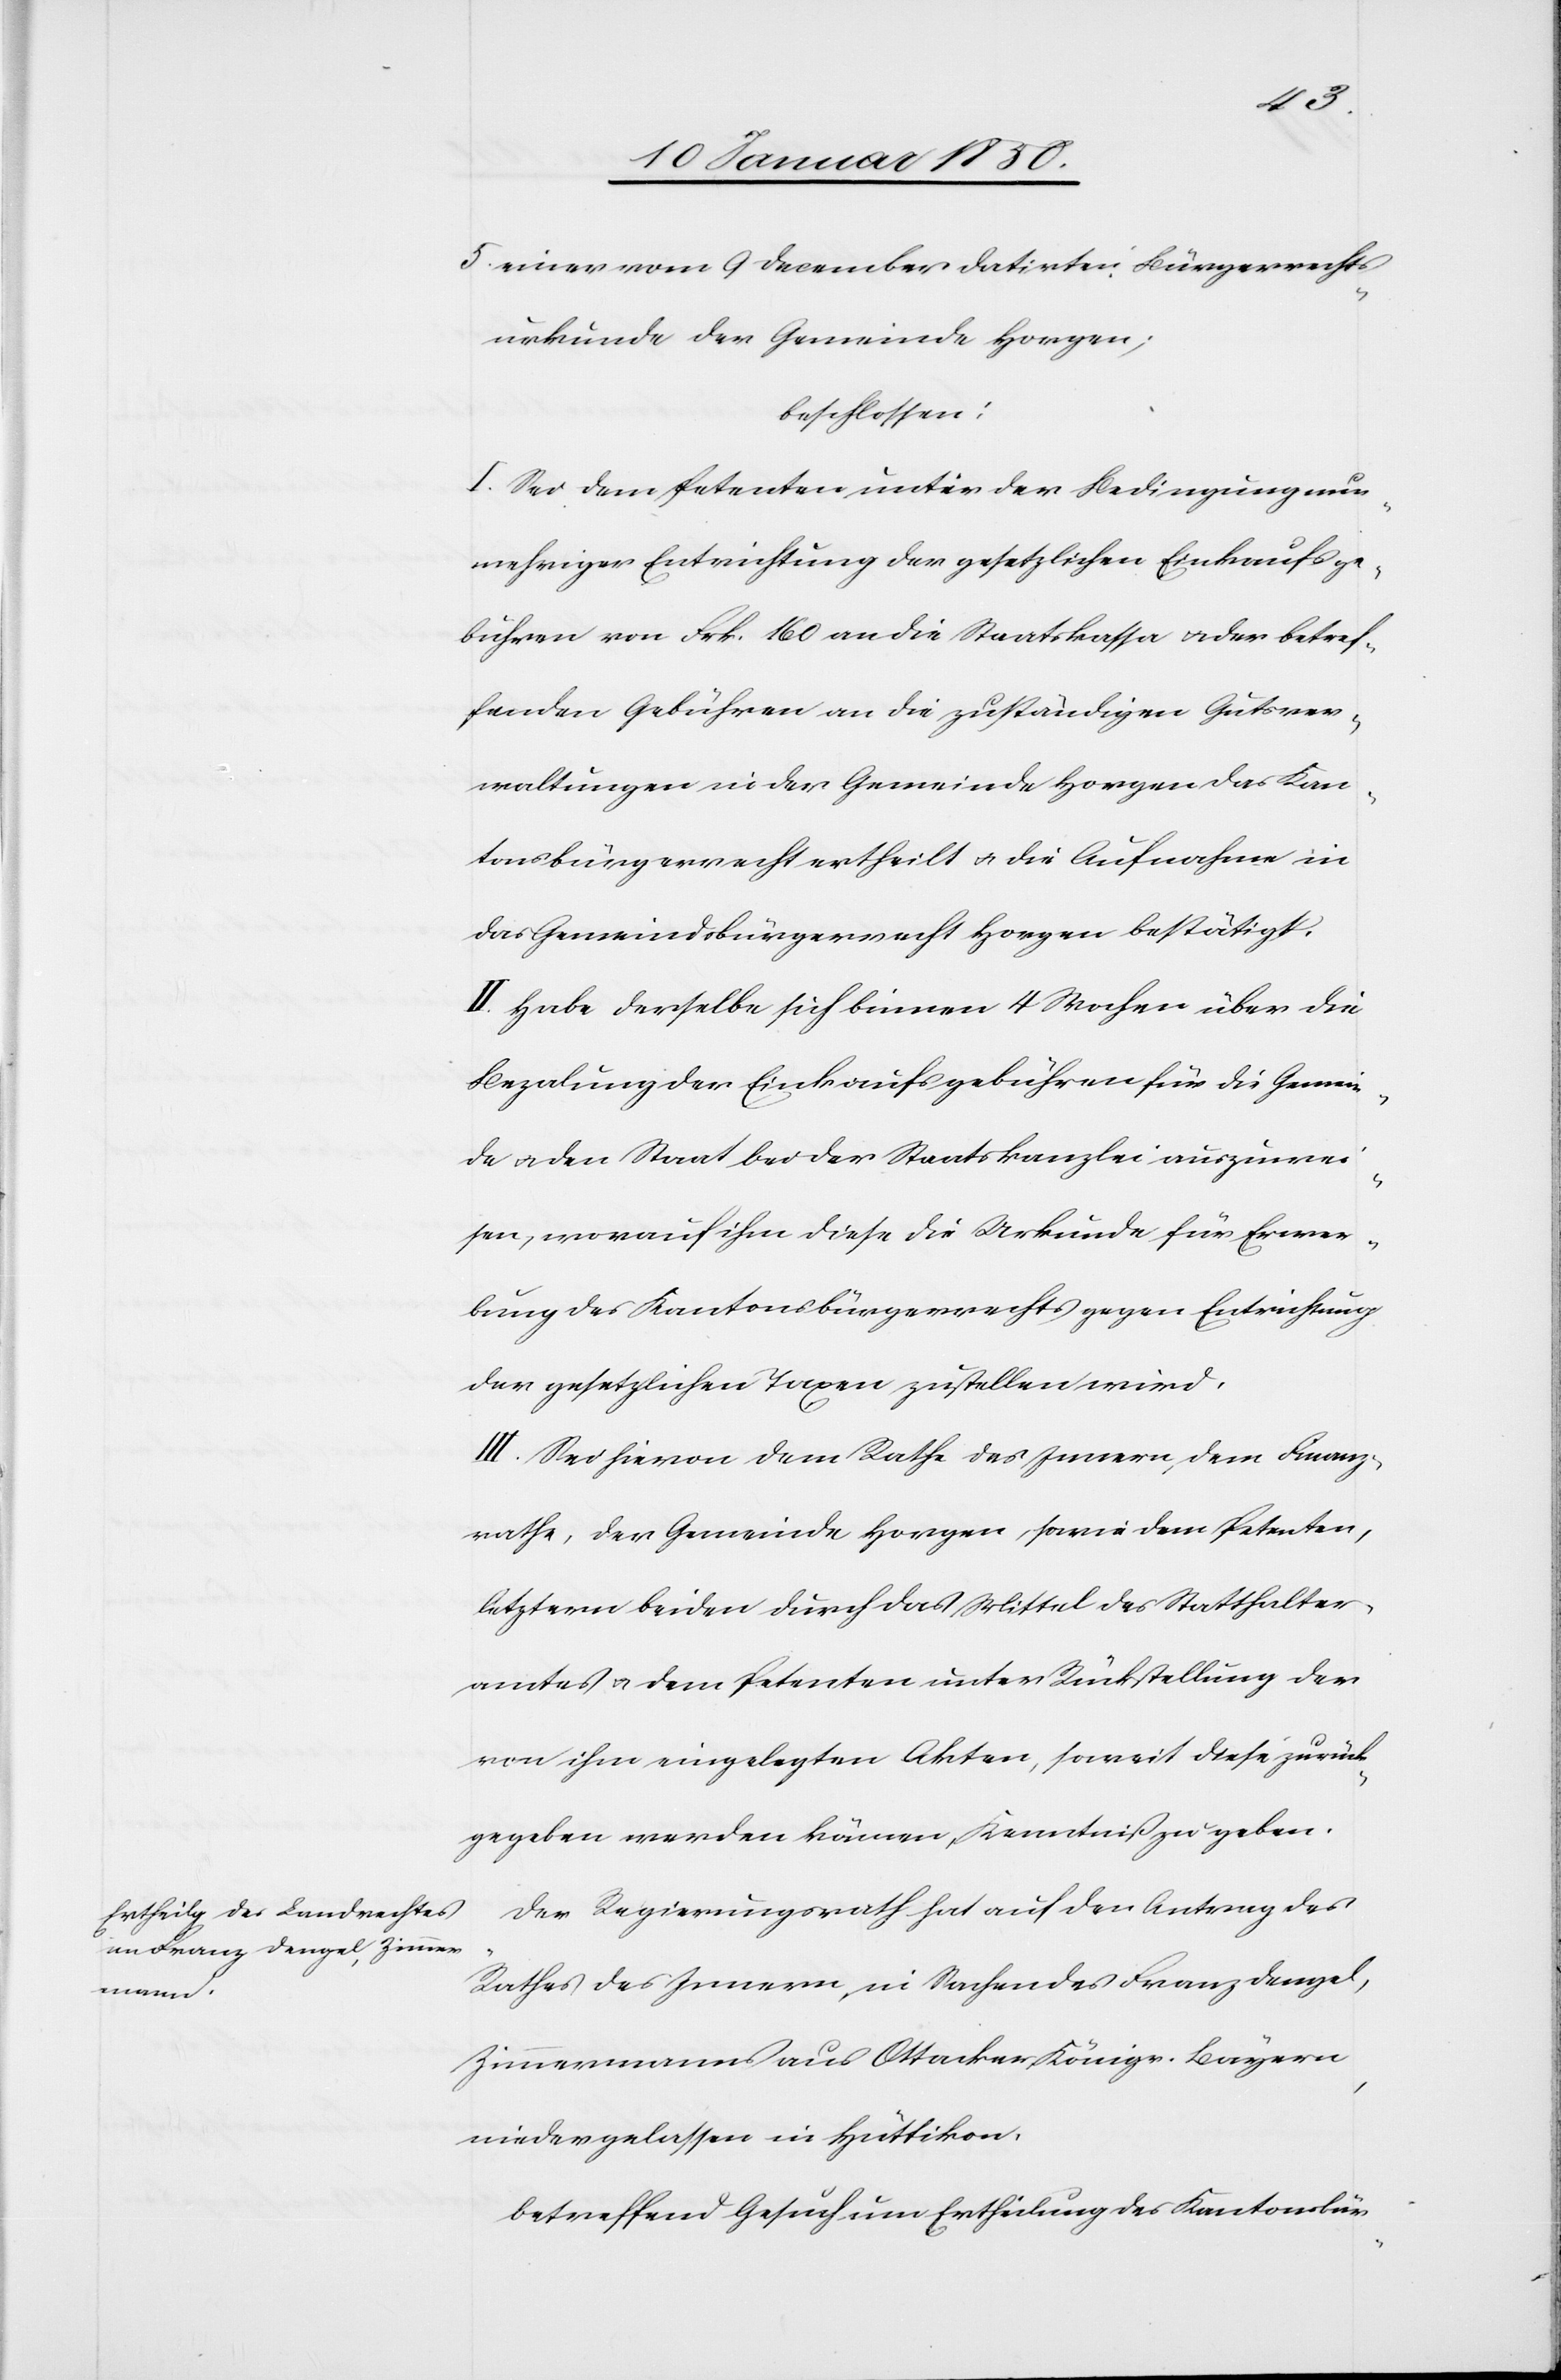
5. einer vom 9 December datirten Bürgerrechts¬
urkunde der Gemeinde Horgen;
beschlossen:
I. Sei dem Petenten unter der Bedingung nun¬
mehriger Entrichtung der gesetzlichen Einkaufsge¬
bühren von Frk. 160 an die Staatskassa u. der betref¬
fenden Gebühren an die zuständigen Gutsver¬
waltungen in der Gemeinde Horgen das Kan¬
tonsbürgerrecht ertheilt u. die Aufnahme in
das Gemeindsbürgerrecht Horgen bestätigt.
II. Habe derselbe sich binnen 4 Wochen über die
Bezahlung der Einkaufsgebühren für die Gemein¬
de u. den Staat bei der Staatskanzlei auszuwei¬
sen, worauf ihm diese die Urkunde für Erwer¬
bung des Kantonsbürgerrechts gegen Entrichtung
der gesetzlichen Taxen zustellen wird.
III. Sei hievon dem Rathe des Innern, dem Finanz¬
rathe, der Gemeinde Horgen, sowie dem Petenten,
letztern beiden durch das Mittel des Statthalter¬
amtes u. dem Petenten unter Rückstellung der
von ihm eingelegten Akten, soweit diese zurück¬
gegeben werden können, Kenntniß zu geben.
Der Regierungsrath hat auf den Antrag des
Rathes des Innern, in Sachen des Franz Dengel ,
Zimmermanns aus Ottacker, Königr. Bayern,
niedergelassen in Hüttikon,
betreffend Gesuch um Ertheilung des Kantonsbür-